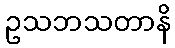
ဥသဘသတာနိ